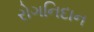
રોગનિદાન